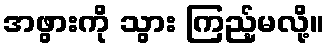
အဖွားကို သွား ကြည့်မလို့။